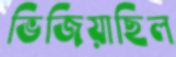
ভিজিয়াছিল